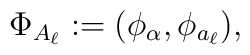
\Phi_{A_\ell} := (\phi_\alpha,\phi_{a_\ell}),